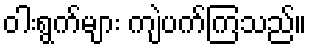
ဝါးရွက်များ ကျဲပက်ကြသည်။